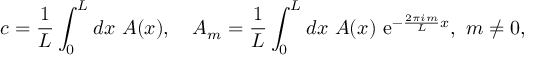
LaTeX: c = \frac { 1 } { L } \int _ { 0 } ^ { L } d x \ A ( x ) , \quad A _ { m } = \frac { 1 } { L } \int _ { 0 } ^ { L } d x \ A ( x ) \ \mathrm { e } ^ { - \frac { 2 \pi i m } { L } x } , \ m \neq 0 ,